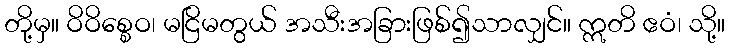
တို့မှ။ ဝိဝိစ္စေဝ၊ မငြိမတွယ် အသီးအခြားဖြစ်၍သာလျှင်။ ဣတိ ဧဝံ၊ သို့။